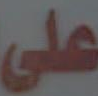
على